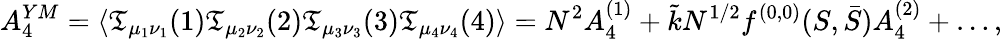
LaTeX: {A_{4}^{YM}=\langle\mathfrak{T}_{\mu_{1}\nu_{1}}(1)\mathfrak{T}_{\mu_{2}\nu_{2}}(2)\mathfrak{T}_{\mu_{3}\nu_{3}}(3)\mathfrak{T}_{\mu_{4}\nu_{4}}(4)\rangle=N^{2}A_{4}^{(1)}+\tilde{{k}}N^{1/2}f^{(0,0)}(S,\bar{{S}})A_{4}^{(2)}+\dots,}